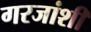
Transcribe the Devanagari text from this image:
गरजांशी